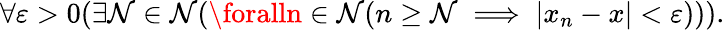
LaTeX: \forall\varepsilon>0(\exists\mathcal{N}\in\mathbb{{\mathcal{N}}}(\foralln\in\mathbb{{\mathcal{N}}}(n\geq\mathcal{N}\implies|x_{n}-x|<\varepsilon))).